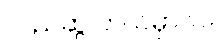
လည်ဆွဲ ဘယ်မှာလဲ။